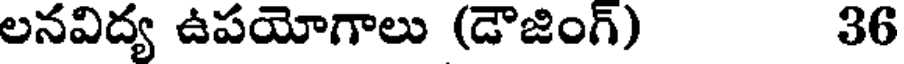
లనవిద్య ఉపయోగాలు (డౌజింగ్) 36